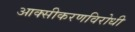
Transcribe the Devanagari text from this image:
आक्सीकरणविरोधी